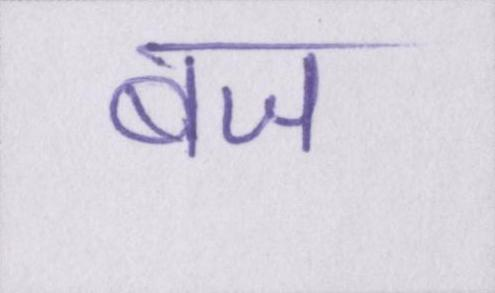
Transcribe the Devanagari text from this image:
बज